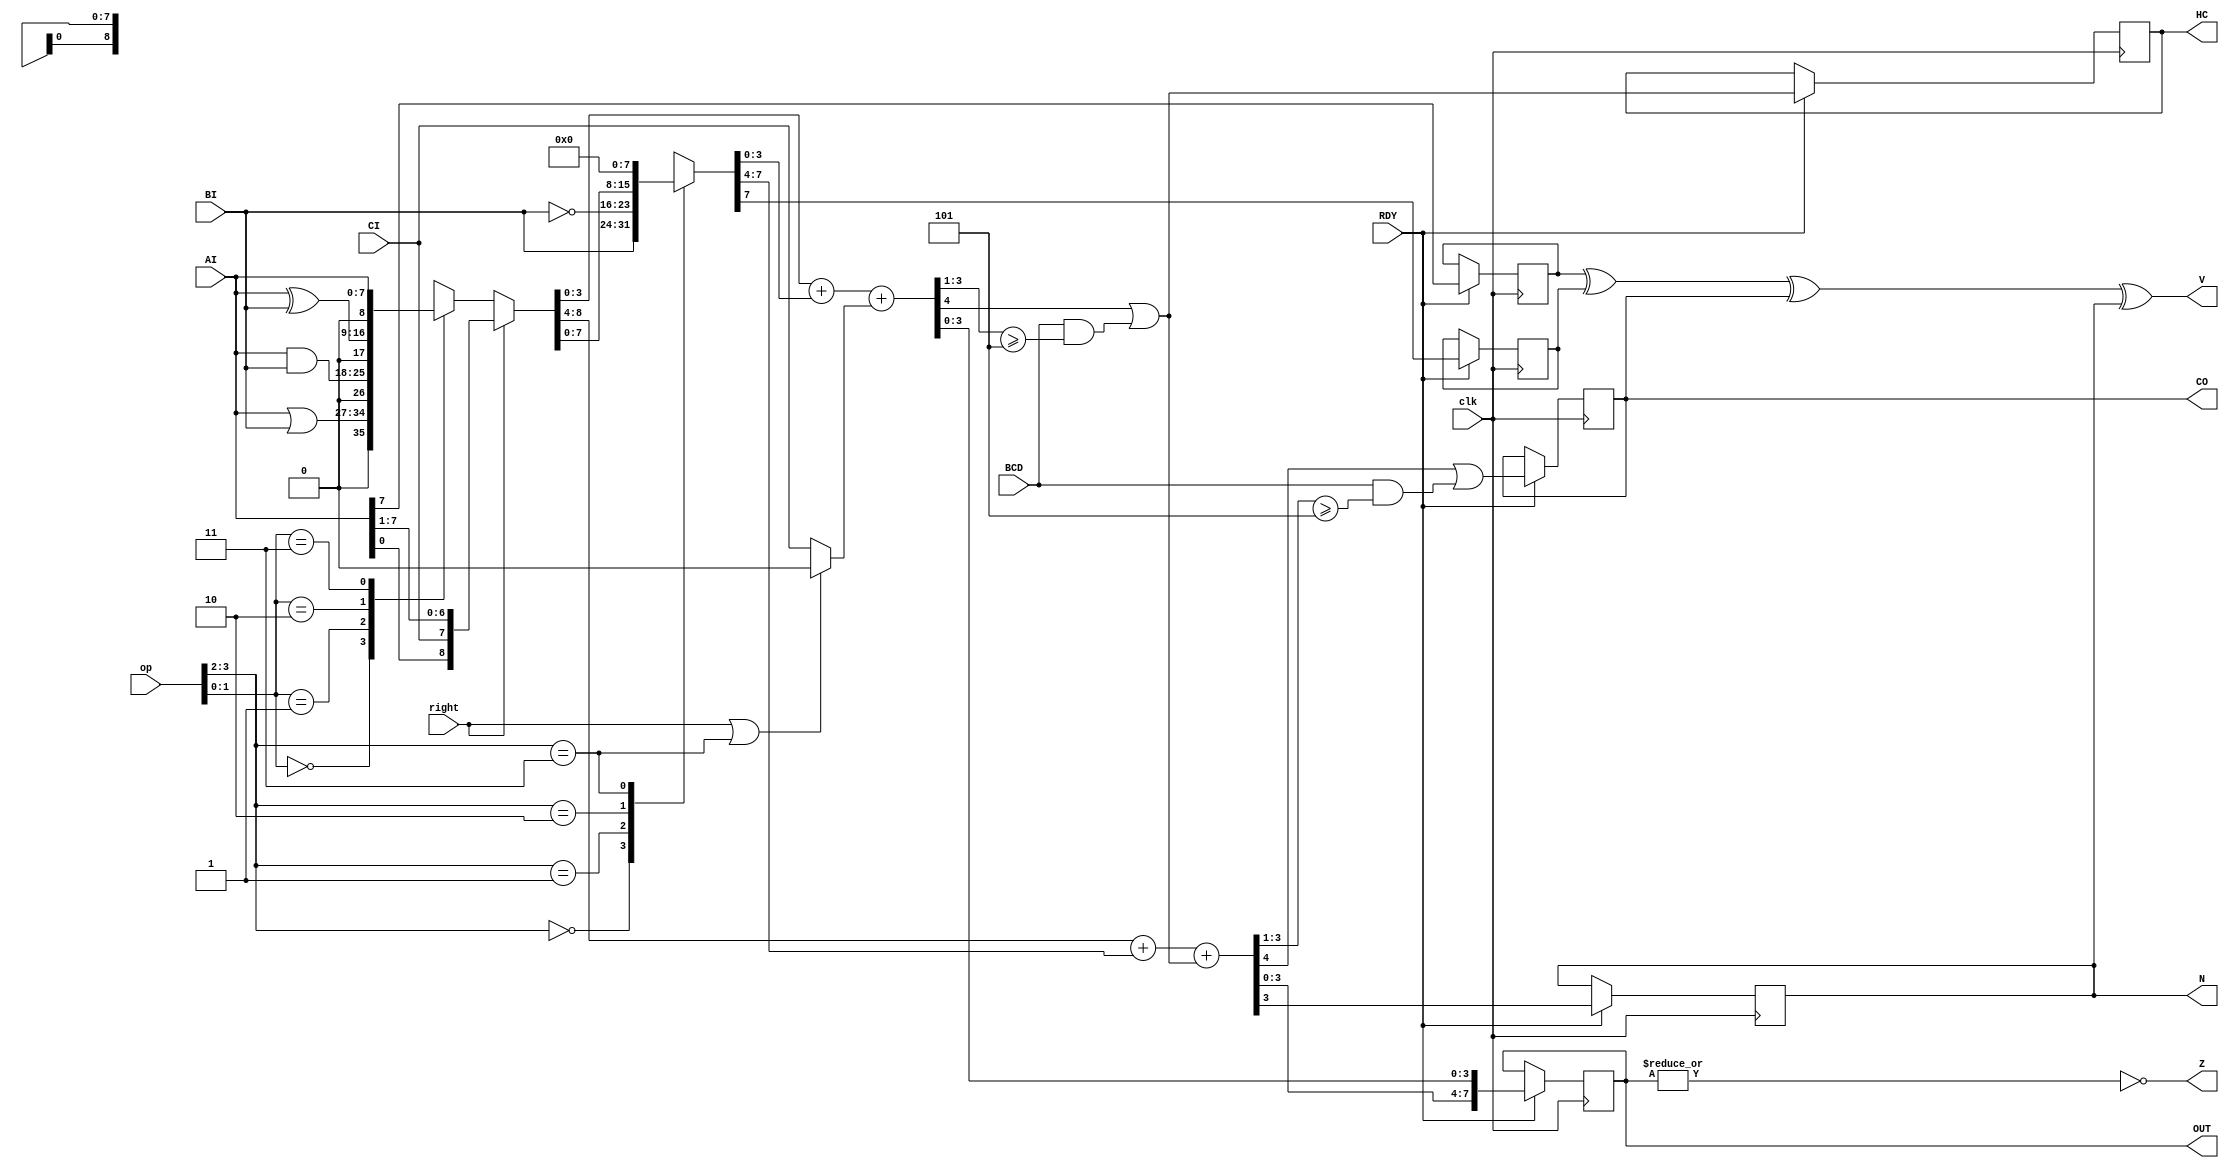
module ALU( clk, op, right, AI, BI, CI, CO, BCD, OUT, V, Z, N, HC, RDY );
	input clk;
	input right;
	input [3:0] op;		// operation
	input [7:0] AI;
	input [7:0] BI;
	input CI;
	input BCD;		// BCD style carry
	output [7:0] OUT;
	output CO;
	output V;
	output Z;
	output N;
	output HC;
	input RDY;

reg [7:0] OUT;
reg CO;
wire V;
wire Z;
reg N;
reg HC;

reg AI7;
reg BI7;
reg [8:0] temp_logic;
reg [7:0] temp_BI;
reg [4:0] temp_l;
reg [4:0] temp_h;
wire [8:0] temp = { temp_h, temp_l[3:0] };
wire adder_CI = (right | (op[3:2] == 2'b11)) ? 0 : CI;

// calculate the logic operations. The 'case' can be done in 1 LUT per
// bit. The 'right' shift is a simple mux that can be implemented by
// F5MUX.
always @*  begin
	case( op[1:0] )
	    2'b00: temp_logic = AI | BI;
	    2'b01: temp_logic = AI & BI;
	    2'b10: temp_logic = AI ^ BI;
	    2'b11: temp_logic = AI;
	endcase

	if( right )
	    temp_logic = { AI[0], CI, AI[7:1] };
end

// Add logic result to BI input. This only makes sense when logic = AI.
// This stage can be done in 1 LUT per bit, using carry chain logic.
always @* begin
	case( op[3:2] )
	    2'b00: temp_BI = BI;	// A+B
	    2'b01: temp_BI = ~BI;	// A-B
	    2'b10: temp_BI = temp_logic;	// A+A
	    2'b11: temp_BI = 0;		// A+0
	endcase	
end

// HC9 is the half carry bit when doing BCD add
wire HC9 = BCD & (temp_l[3:1] >= 3'd5);

// CO9 is the carry-out bit when doing BCD add
wire CO9 = BCD & (temp_h[3:1] >= 3'd5);

// combined half carry bit
wire temp_HC = temp_l[4] | HC9;

// perform the addition as 2 separate nibble, so we get
// access to the half carry flag
always @* begin
	temp_l = temp_logic[3:0] + temp_BI[3:0] + adder_CI;
	temp_h = temp_logic[8:4] + temp_BI[7:4] + temp_HC;
end

// calculate the flags 
always @(posedge clk)
    if( RDY ) begin
	AI7 <= AI[7];
	BI7 <= temp_BI[7];
	OUT <= temp[7:0];
	CO  <= temp[8] | CO9;
	N   <= temp[7];
	HC  <= temp_HC;
    end

assign V = AI7 ^ BI7 ^ CO ^ N;
assign Z = ~|OUT;

endmodule